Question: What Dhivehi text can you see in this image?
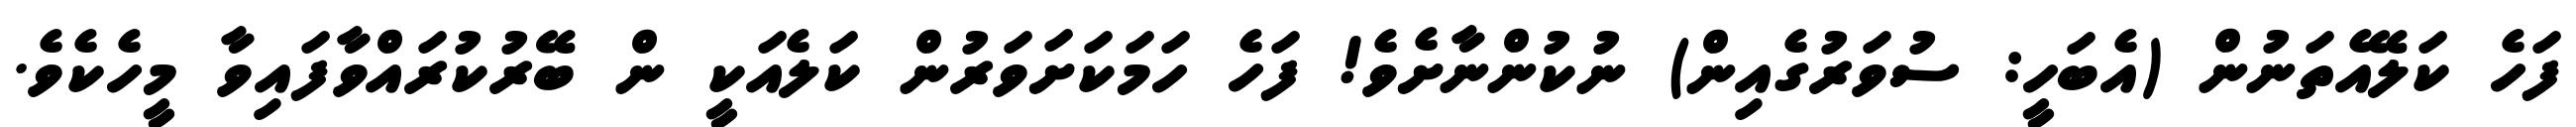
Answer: ފަހެ ކަލޭއެތަނުން (އެބަހީ: ސުވަރުގެއިން) ނުކުންނާށެވެ! ފަހެ ހަމަކަށަވަރުން ކަލެއަކީ ން ބޭރުކުރައްވާފައިވާ މީހެކެވެ.